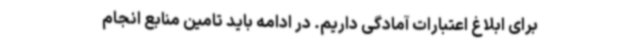
برای ابلاغ اعتبارات آمادگی داریم. در ادامه باید تامین منابع انجام